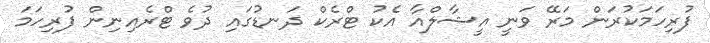
ފުރިހަމަކުރަން މަރޭ ވަނީ އީޝާލްއާ އެކު ޓްރެކް ދަނޑުގައި ދުވެ ޓްރެއިނިން ފުރިހަމަ